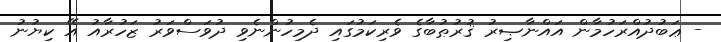
- ޢަބުދުއްރަހުމާން އައްނާޞިރު ޤުރުޠުބާގެ ވެރިކަމުގައި ދެމިހުންނެވި ދުވަސްވަރު ޒަހުރާއު އޭ ކިޔުނު